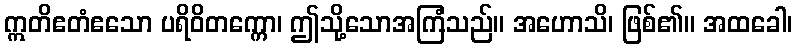
ဣတိဧတံဧသော ပရိဝိတက္ကော၊ ဤသို့သောအကြံသည်။ အဟောသိ၊ ဖြစ်၏။ အထခေါ၊